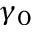
\gamma _ { 0 }